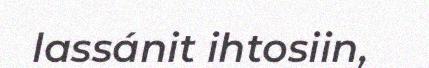
lassánit ihtosiin,